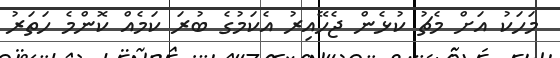
މަހަކު އަށް މެޗު ކުޅެން ޖެހޭއިރު އެކަމުގެ ބުރަ ކަމެއް ކޮންމެ ހަތަރު